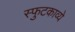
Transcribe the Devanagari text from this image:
स्फुटकाव्ये